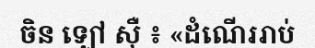
ចិន ឡៅ ស៊ឺ ៖ «ដំណើររាប់